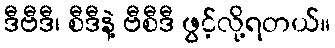
ဒီဗီဒီ၊ စီဒီနဲ့ ဗီစီဒီ ဖွင့်လို့ရတယ်။